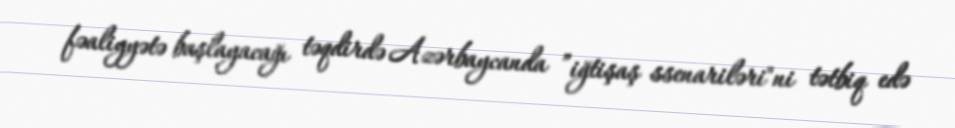
fəaliyyətə başlayacağı təqdirdə Azərbaycanda ”iğtişaş ssenariləri"ni tətbiq edə